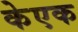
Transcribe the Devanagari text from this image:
केएक